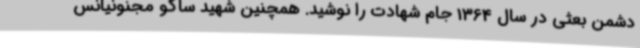
دشمن بعثی در سال 1364 جام شهادت را نوشید. همچنین شهید ساکو مجنونیانس